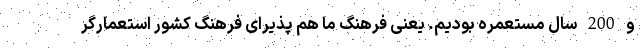
و 200 سال مستعمره بودیم. یعنی فرهنگ ما هم پذیرای فرهنگ کشور استعمارگر